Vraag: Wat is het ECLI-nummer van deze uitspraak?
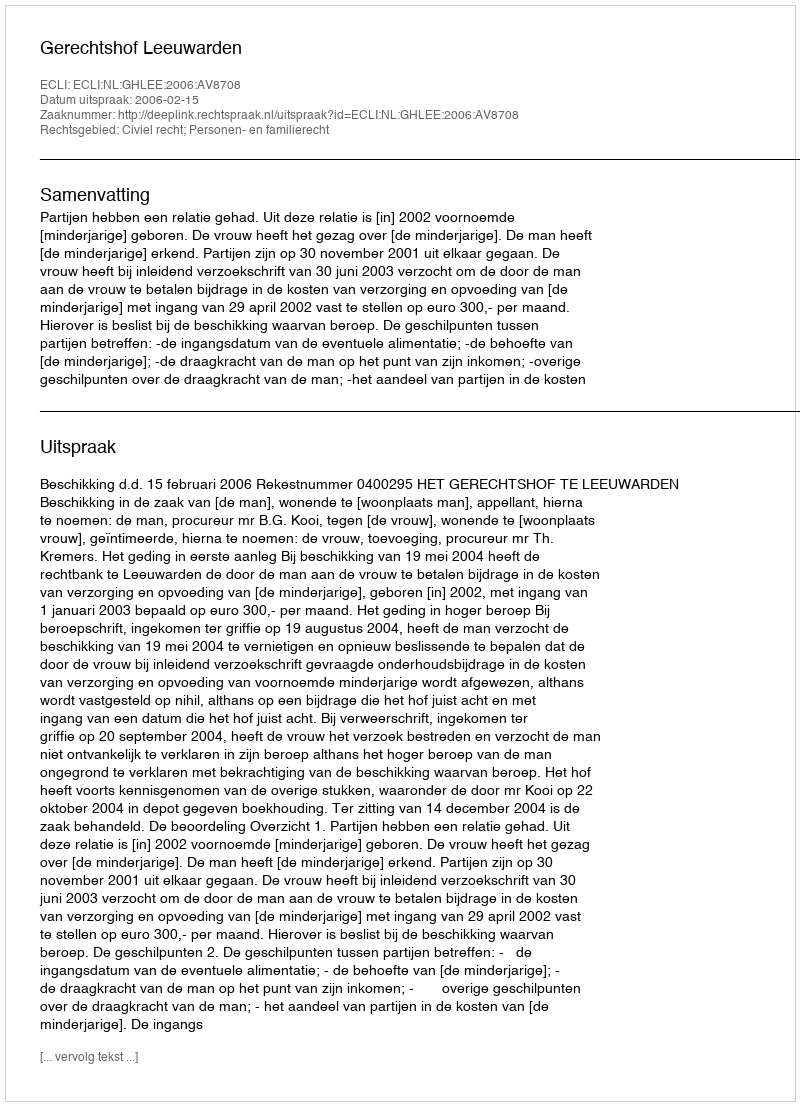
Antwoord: ECLI:NL:GHLEE:2006:AV8708